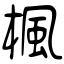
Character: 楓